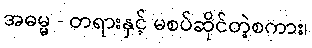
အဓမ္မ - တရားနှင့် မစပ်ဆိုင်တဲ့စကား၊